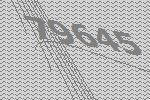
79645